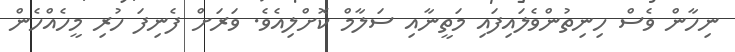
ނިހާން ވެސް ހިނިތުންވެލައިފައި މަތީނާއި ސަލާމް ކޮށްލިއެވެ. ވަރަށް ފެނިފަ ހުރި މީހެއްހެން